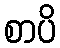
စာပိ